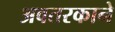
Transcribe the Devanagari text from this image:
अवतरकाने